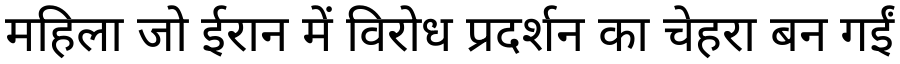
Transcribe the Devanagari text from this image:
महिला जो ईरान में विरोध प्रदर्शन का चेहरा बन गईं